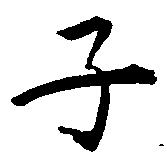
子